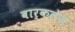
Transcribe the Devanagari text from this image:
बार्कलेज़